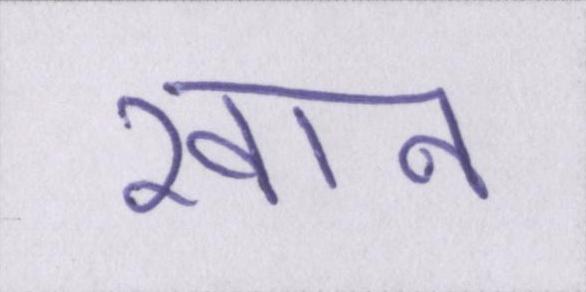
खान